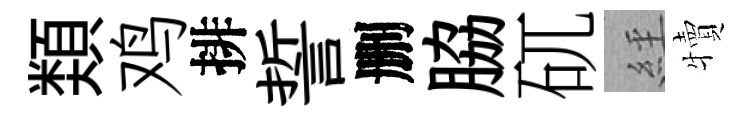
𩔖鸡排誓删脇矹𦀇犢